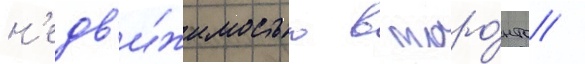
н'едв'и́жимостью в торо́нто /